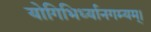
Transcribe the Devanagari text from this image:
योगिभिर्ध्यानगम्यम्।